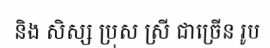
និង សិស្ស ប្រុស ស្រី ជាច្រើន រូប